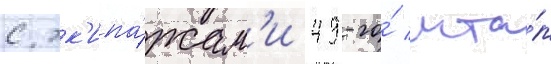
с эк'ипа́жам'и 49-го́ мта́п